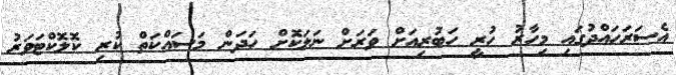
އެސަރަހައްދުގައި މިހާރު ހުރީ ހަބުރިއަށް ވަރަށް ނަލަކޮށް ހަދަން މަސައްކަތް ކުރި ކޮލޮކްޓަވަރު